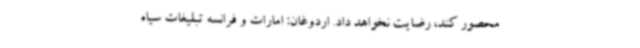
محصور کند، رضایت نخواهد داد. اردوغان: امارات و فرانسه تبلیغات سیاه